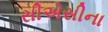
સીએસીના